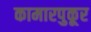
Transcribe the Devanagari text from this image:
कामारपुकूर